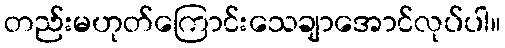
တည်းမဟုတ်ကြောင်းသေချာအောင်လုပ်ပါ။